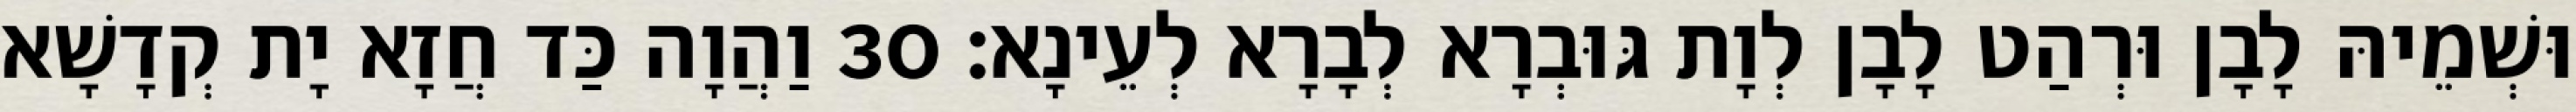
וּשְׁמֵיהּ לָבָן וּרְהַט לָבָן לְוָת גּוּבְרָא לְבָרָא לְעֵינָא׃ 30 וַהֲוָה כַּד חֲזָא יָת קְדָשָׁא